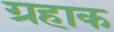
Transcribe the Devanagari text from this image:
ग्रहाक